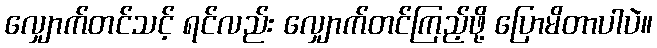
လျှောက်တင်သင့် ရင်လည်း လျှောက်တင်ကြည့်ဖို့ ပြောမိတာပါပဲ။